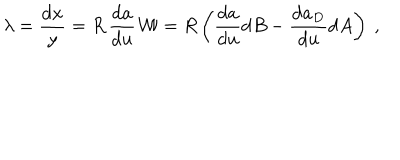
LaTeX: \lambda = \frac { \mathrm { d } x } { y } = { R } \, \frac { \mathrm { d } a } { \mathrm { d } u } \, { \cal W } = { R } \left( \frac { \mathrm { d } a } { \mathrm { d } u } \mathrm { d } B - \frac { \mathrm { d } a _ { D } } { \mathrm { d } u } \mathrm { d } A \right) \ ,